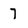
Character: 7